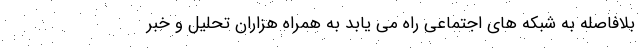
بلافاصله به شبکه های اجتماعی راه می یابد به همراه هزاران تحلیل و خبر